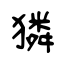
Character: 獜